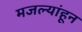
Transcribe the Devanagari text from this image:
मजल्यांहून